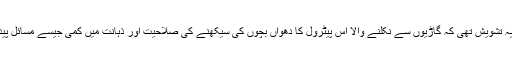
اس کی وجہ یہ تشویش تھی کہ گاڑیوں سے نکلنے والا اس پیٹرول کا دھواں بچوں کی سیکھنے کی صلاحیت اور ذہانت میں کمی جیسے مسائل پیدا کر رہا ہے۔